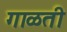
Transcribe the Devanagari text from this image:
गाळती